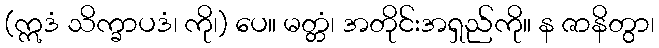
(ဣဒံ သိက္ခာပဒံ၊ ကို၊) ပေ။ မတ္တံ၊ အတိုင်းအရှည်ကို။ န ဇာနိတွာ၊